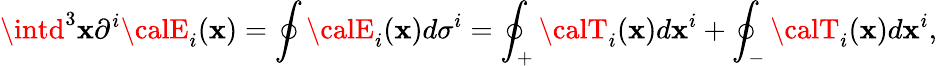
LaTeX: \intd^{3}\mathbf{x}\partial^{i}{\calE}_{i}(\mathbf{x})=\oint{\calE}_{i}(\mathbf{x})d\sigma^{i}=\oint_{+}{\calT}_{i}(\mathbf{x})d\mathbf{x}^{i}+\oint_{-}{\calT}_{i}(\mathbf{x})d\mathbf{x}^{i},